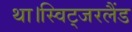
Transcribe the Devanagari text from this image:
था।स्विट्जरलैंड